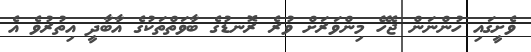
ވެށީގައި ހުންނަން ޖެހޭ މިންވަރަށް ވުރެ ރޮނޑުގެ ބާވަތްތަކުގެ އާބާދީ އިތުރުވެ އެ